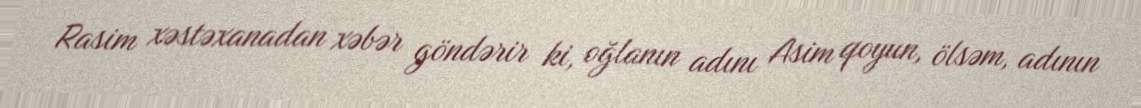
Rasim xəstəxanadan xəbər göndərir ki, oğlanın adını Asim qoyun, ölsəm, adının